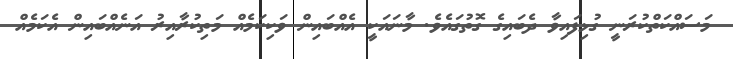
މަސައްކަތްކުރަނީ ގުޅިފައިވާ ދެބައިގެ ގޮތުގައެވެ. މާނައަކީ އެއްބައިން ވަކިކަމެއް މަތިކުރާއިރު އަނެއްބައިން އެކަމެއް